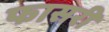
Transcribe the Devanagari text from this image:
फासरी